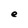
Character: e